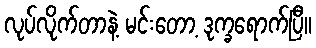
လုပ်လိုက်တာနဲ့ မင်းတော့ ဒုက္ခရောက်ပြီ။